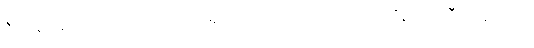
ဝီတရာဂေါ၊ ကင်းသောရာဂရှိသော။ ဘဝေသု၊ ဘဝတို့၌။ အဝီတရာဂေါ၊